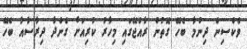
ވެކްސިން ދިނުމާ ބެހޭ ގޮތުން ރާއްޖޭގައި މިހާރު ކުރިއަށް ގެންދާ ދިރާސާއާ ބެހޭ